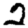
Digit: 2